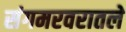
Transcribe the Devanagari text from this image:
संगमरवरातले